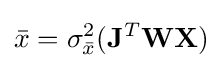
{\bar {x}}=\sigma _{\bar {x}}^{2}(\mathbf {J} ^{T}\mathbf {W} \mathbf {X} )